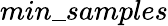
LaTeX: min\_ samples